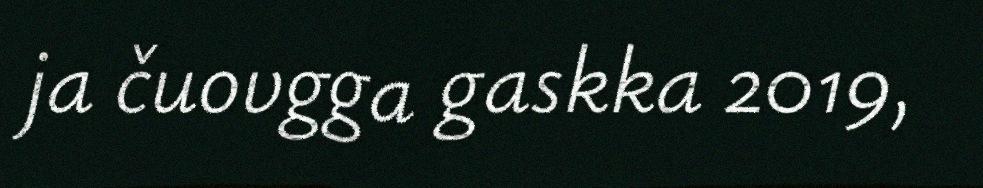
ja čuovgga gaskka 2019,